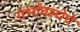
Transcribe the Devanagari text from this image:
गर्भावस्थेचे